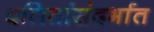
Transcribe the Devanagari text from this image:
दलितांसंदर्भात